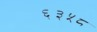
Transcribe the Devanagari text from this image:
६३५८